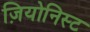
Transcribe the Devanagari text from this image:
ज़ियोनिस्ट